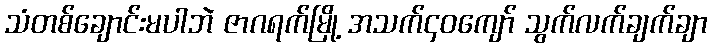
သံတစ်ချောင်းမပါဘဲ ဇာဂရက်မြို့ အသက်၄၀ကျော် သွက်လက်ချက်ချာ